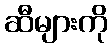
ဆီများကို